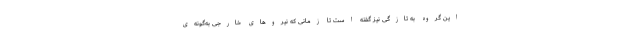
این گروه به تازگی نیز گفته است تا زمانی که نیروهای خارجی به‌گونه‌ی